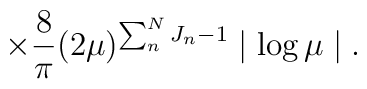
\times \frac{8}{\pi} (2 \mu ) ^{\sum _{n}^{N}J_{n} -1 } \mid \log \mu \mid .